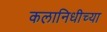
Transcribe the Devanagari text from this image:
कलानिधीच्या